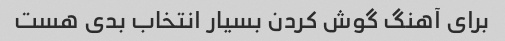
برای آهنگ گوش کردن بسیار انتخاب بدی هست